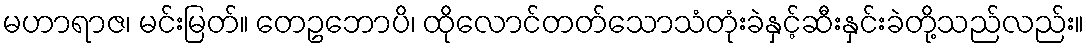
မဟာရာဇ၊ မင်းမြတ်။ တေဥဘောပိ၊ ထိုလောင်တတ်သောသံတုံးခဲနှင့်ဆီးနှင်းခဲတို့သည်လည်း။